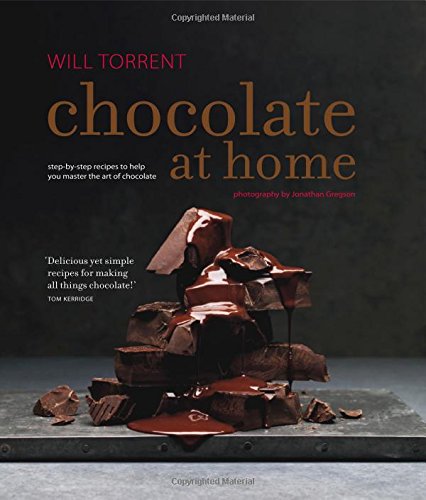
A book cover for Chocolate at Home; Will Torrent; Cookbooks, Food & Wine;